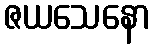
ဇယသေနော